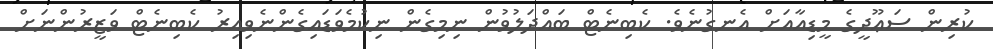
ކުރިން ސަޢޫދީގެ މީޑިއާއަށް އެނގުނެވެ. ކެބިނެޓް ބައްދަލުވުން ނިމިގެން ނިކުމެވަޑައިގެންނެވިއިރު ކެބިނެޓް ވަޒީރުންނަށް